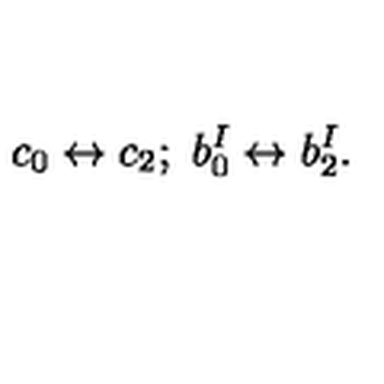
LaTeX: c _ { 0 } \leftrightarrow c _ { 2 } ; \ b _ { 0 } ^ { I } \leftrightarrow b _ { 2 } ^ { I } .